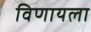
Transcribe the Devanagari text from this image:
विणायला